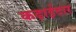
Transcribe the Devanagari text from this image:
कढ़ाईदार